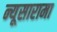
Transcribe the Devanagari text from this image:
न्यूसारामा